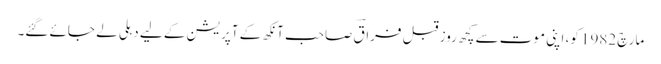
مارچ 1982 کو، اپنی موت سے کچھ روز قبل فراقؔ صاحب آنکھ کے آپریشن کے لیے دہلی لے جائے گئے۔